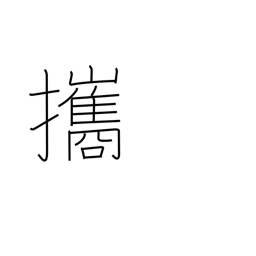
Meaning: bring along